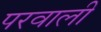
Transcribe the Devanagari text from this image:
परवाली